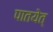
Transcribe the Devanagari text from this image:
पातयेत्